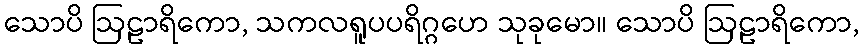
သောပိ ဩဠာရိကော, သကလရူပပရိဂ္ဂဟေ သုခုမော။ သောပိ ဩဠာရိကော,